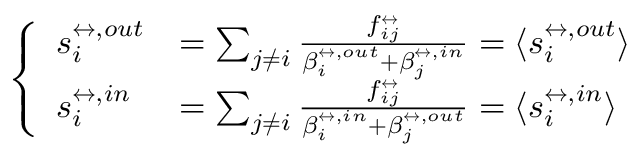
\left\{ \begin{array} { l l } { s _ { i } ^ { \leftrightarrow , o u t } } & { = \sum _ { j \neq i } \frac { f _ { i j } ^ { \leftrightarrow } } { \beta _ { i } ^ { \leftrightarrow , o u t } + \beta _ { j } ^ { \leftrightarrow , i n } } = \langle s _ { i } ^ { \leftrightarrow , o u t } \rangle } \\ { s _ { i } ^ { \leftrightarrow , i n } } & { = \sum _ { j \neq i } \frac { f _ { i j } ^ { \leftrightarrow } } { \beta _ { i } ^ { \leftrightarrow , i n } + \beta _ { j } ^ { \leftrightarrow , o u t } } = \langle s _ { i } ^ { \leftrightarrow , i n } \rangle } \end{array} \right.